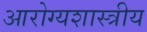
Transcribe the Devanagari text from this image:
आरोग्यशास्त्रीय